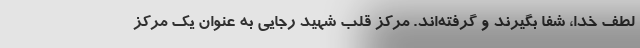
لطف خدا، شفا بگیرند و گرفته‌اند. مرکز قلب شهید رجایی به عنوان یک مرکز